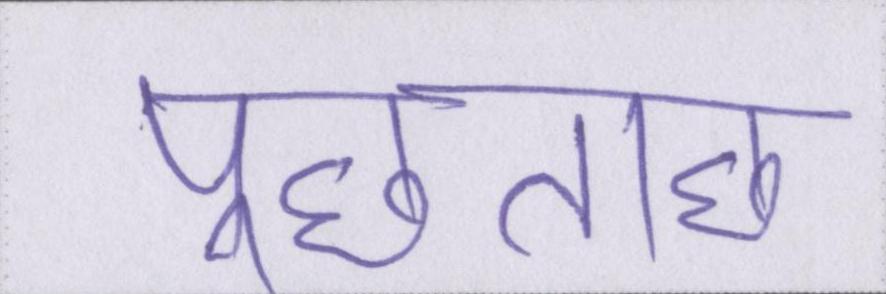
पूछताछ